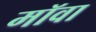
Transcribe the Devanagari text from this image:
मॉवा